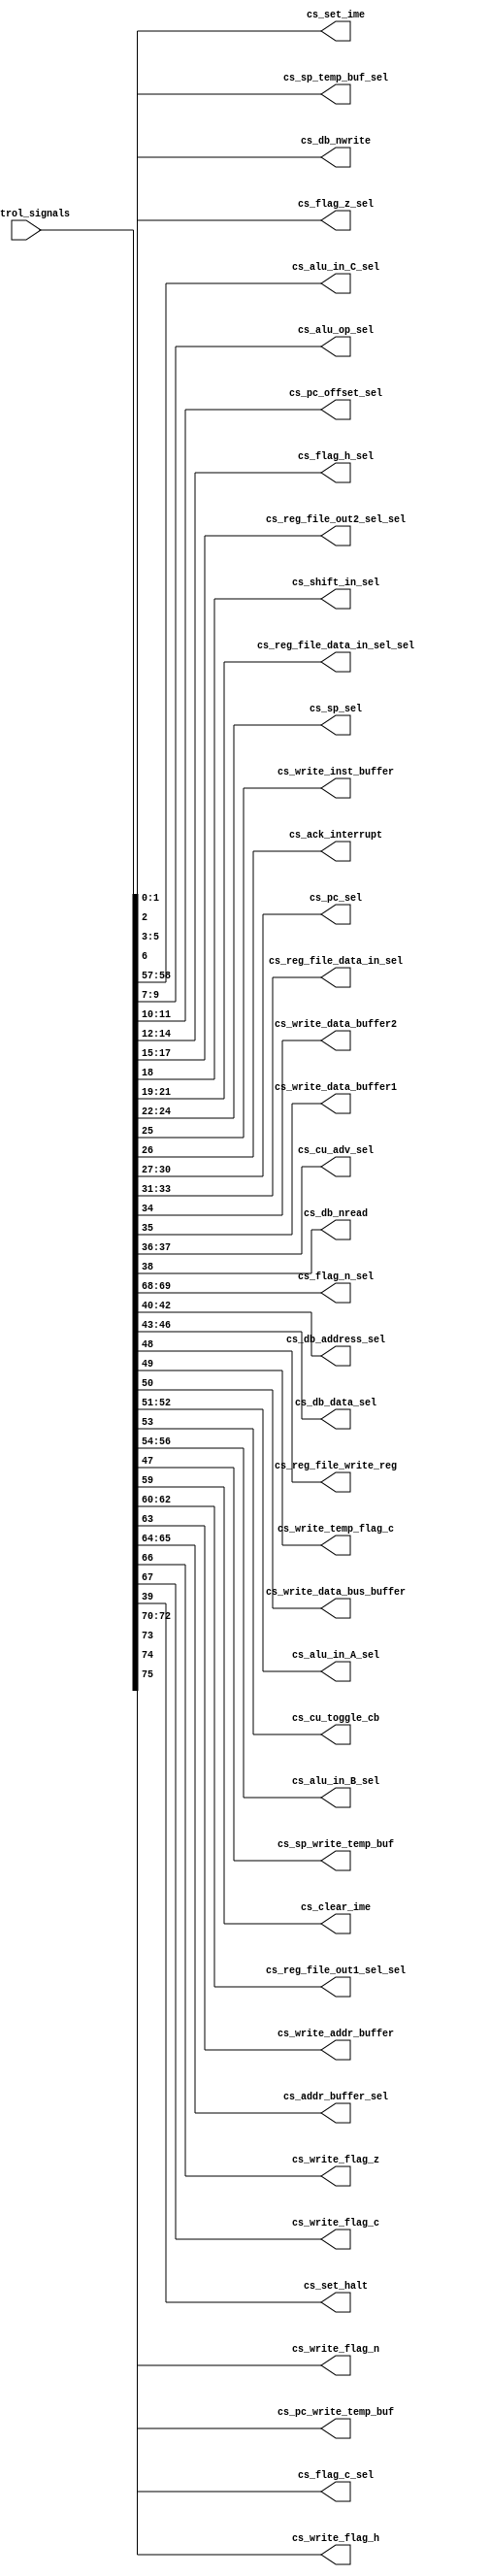
`timescale 1ns / 1ps 
 
module cs_mapper_mod( 
 
output [1:0]cs_sp_temp_buf_sel,
output cs_set_ime,
output [2:0]cs_flag_z_sel,
output cs_db_nwrite,
output [1:0]cs_alu_in_C_sel,
output [2:0]cs_alu_op_sel,
output [1:0]cs_pc_offset_sel,
output [2:0]cs_flag_h_sel,
output [2:0]cs_reg_file_out2_sel_sel,
output cs_shift_in_sel,
output [2:0]cs_reg_file_data_in_sel_sel,
output [2:0]cs_sp_sel,
output cs_write_inst_buffer,
output cs_ack_interrupt,
output [3:0]cs_pc_sel,
output [2:0]cs_reg_file_data_in_sel,
output cs_write_data_buffer2,
output cs_write_data_buffer1,
output [1:0]cs_cu_adv_sel,
output cs_db_nread,
output [1:0]cs_flag_n_sel,
output [2:0]cs_db_address_sel,
output [3:0]cs_db_data_sel,
output cs_reg_file_write_reg,
output cs_write_temp_flag_c,
output cs_write_data_bus_buffer,
output [1:0]cs_alu_in_A_sel,
output cs_cu_toggle_cb,
output [2:0]cs_alu_in_B_sel,
output cs_sp_write_temp_buf,
output cs_clear_ime,
output [2:0]cs_reg_file_out1_sel_sel,
output cs_write_addr_buffer,
output [1:0]cs_addr_buffer_sel,
output cs_write_flag_z,
output cs_write_flag_c,
output cs_set_halt,
output [2:0]cs_flag_c_sel,
output cs_pc_write_temp_buf,
output cs_write_flag_h,
output cs_write_flag_n,
input [75:0]control_signals 
        ); 
        
assign cs_sp_temp_buf_sel = control_signals[1:0];
assign cs_set_ime = control_signals[2];
assign cs_flag_z_sel = control_signals[5:3];
assign cs_db_nwrite = control_signals[6];
assign cs_alu_in_C_sel = control_signals[58:57];
assign cs_alu_op_sel = control_signals[9:7];
assign cs_pc_offset_sel = control_signals[11:10];
assign cs_flag_h_sel = control_signals[14:12];
assign cs_reg_file_out2_sel_sel = control_signals[17:15];
assign cs_shift_in_sel = control_signals[18];
assign cs_reg_file_data_in_sel_sel = control_signals[21:19];
assign cs_sp_sel = control_signals[24:22];
assign cs_write_inst_buffer = control_signals[25];
assign cs_ack_interrupt = control_signals[26];
assign cs_pc_sel = control_signals[30:27];
assign cs_reg_file_data_in_sel = control_signals[33:31];
assign cs_write_data_buffer2 = control_signals[34];
assign cs_write_data_buffer1 = control_signals[35];
assign cs_cu_adv_sel = control_signals[37:36];
assign cs_db_nread = control_signals[38];
assign cs_flag_n_sel = control_signals[69:68];
assign cs_db_address_sel = control_signals[42:40];
assign cs_db_data_sel = control_signals[46:43];
assign cs_reg_file_write_reg = control_signals[48];
assign cs_write_temp_flag_c = control_signals[49];
assign cs_write_data_bus_buffer = control_signals[50];
assign cs_alu_in_A_sel = control_signals[52:51];
assign cs_cu_toggle_cb = control_signals[53];
assign cs_alu_in_B_sel = control_signals[56:54];
assign cs_sp_write_temp_buf = control_signals[47];
assign cs_clear_ime = control_signals[59];
assign cs_reg_file_out1_sel_sel = control_signals[62:60];
assign cs_write_addr_buffer = control_signals[63];
assign cs_addr_buffer_sel = control_signals[65:64];
assign cs_write_flag_z = control_signals[66];
assign cs_write_flag_c = control_signals[67];
assign cs_set_halt = control_signals[39];
assign cs_flag_c_sel = control_signals[72:70];
assign cs_pc_write_temp_buf = control_signals[73];
assign cs_write_flag_h = control_signals[74];
assign cs_write_flag_n = control_signals[75];
endmodule